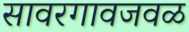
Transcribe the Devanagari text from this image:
सावरगावजवळ